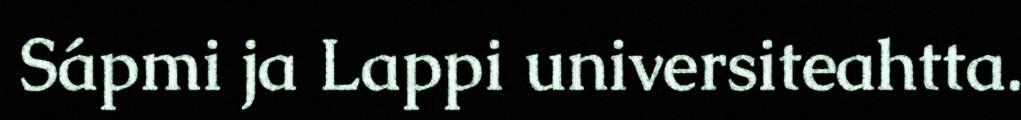
Sápmi ja Lappi universiteahtta.